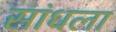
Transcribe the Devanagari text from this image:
सांधला